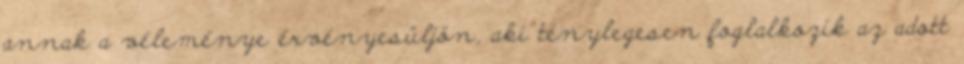
annak a véleménye érvényesüljön, aki ténylegesen foglalkozik az adott